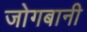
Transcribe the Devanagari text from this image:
जोगबानी